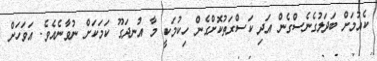
ކެއުމަށް ބަދަލުގެނެސްގެން އަދި ކަސްރަތުކޮށްގެން ހިކުމަކީ މާ އުނދަގޫ ކަމަކަށް ނުވާނެއެވެ. އަވަހަށް